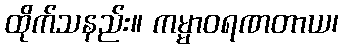
ထိုက်သနည်း။ ကမ္မာဝရဏတာယ၊